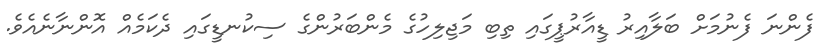
ފެންނަ ފެނުމަށް ބަލާއިރު ޑީއާރުޕީގައި ތިބި މަޖިލިހުގެ މެންބަރުންގެ ސިކުނޑީގައި ދެކަމެއް އޮންނާނެއެވެ.